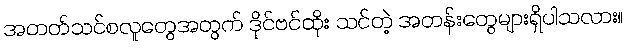
အတတ်သင်စလူတွေအတွက် ဒိုင်ဗင်ထိုး သင်တဲ့ အတန်းတွေများရှိပါသလား။